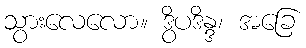
သွားလေလော။ ဒွိပဒိန္ဒ၊ အခြေ